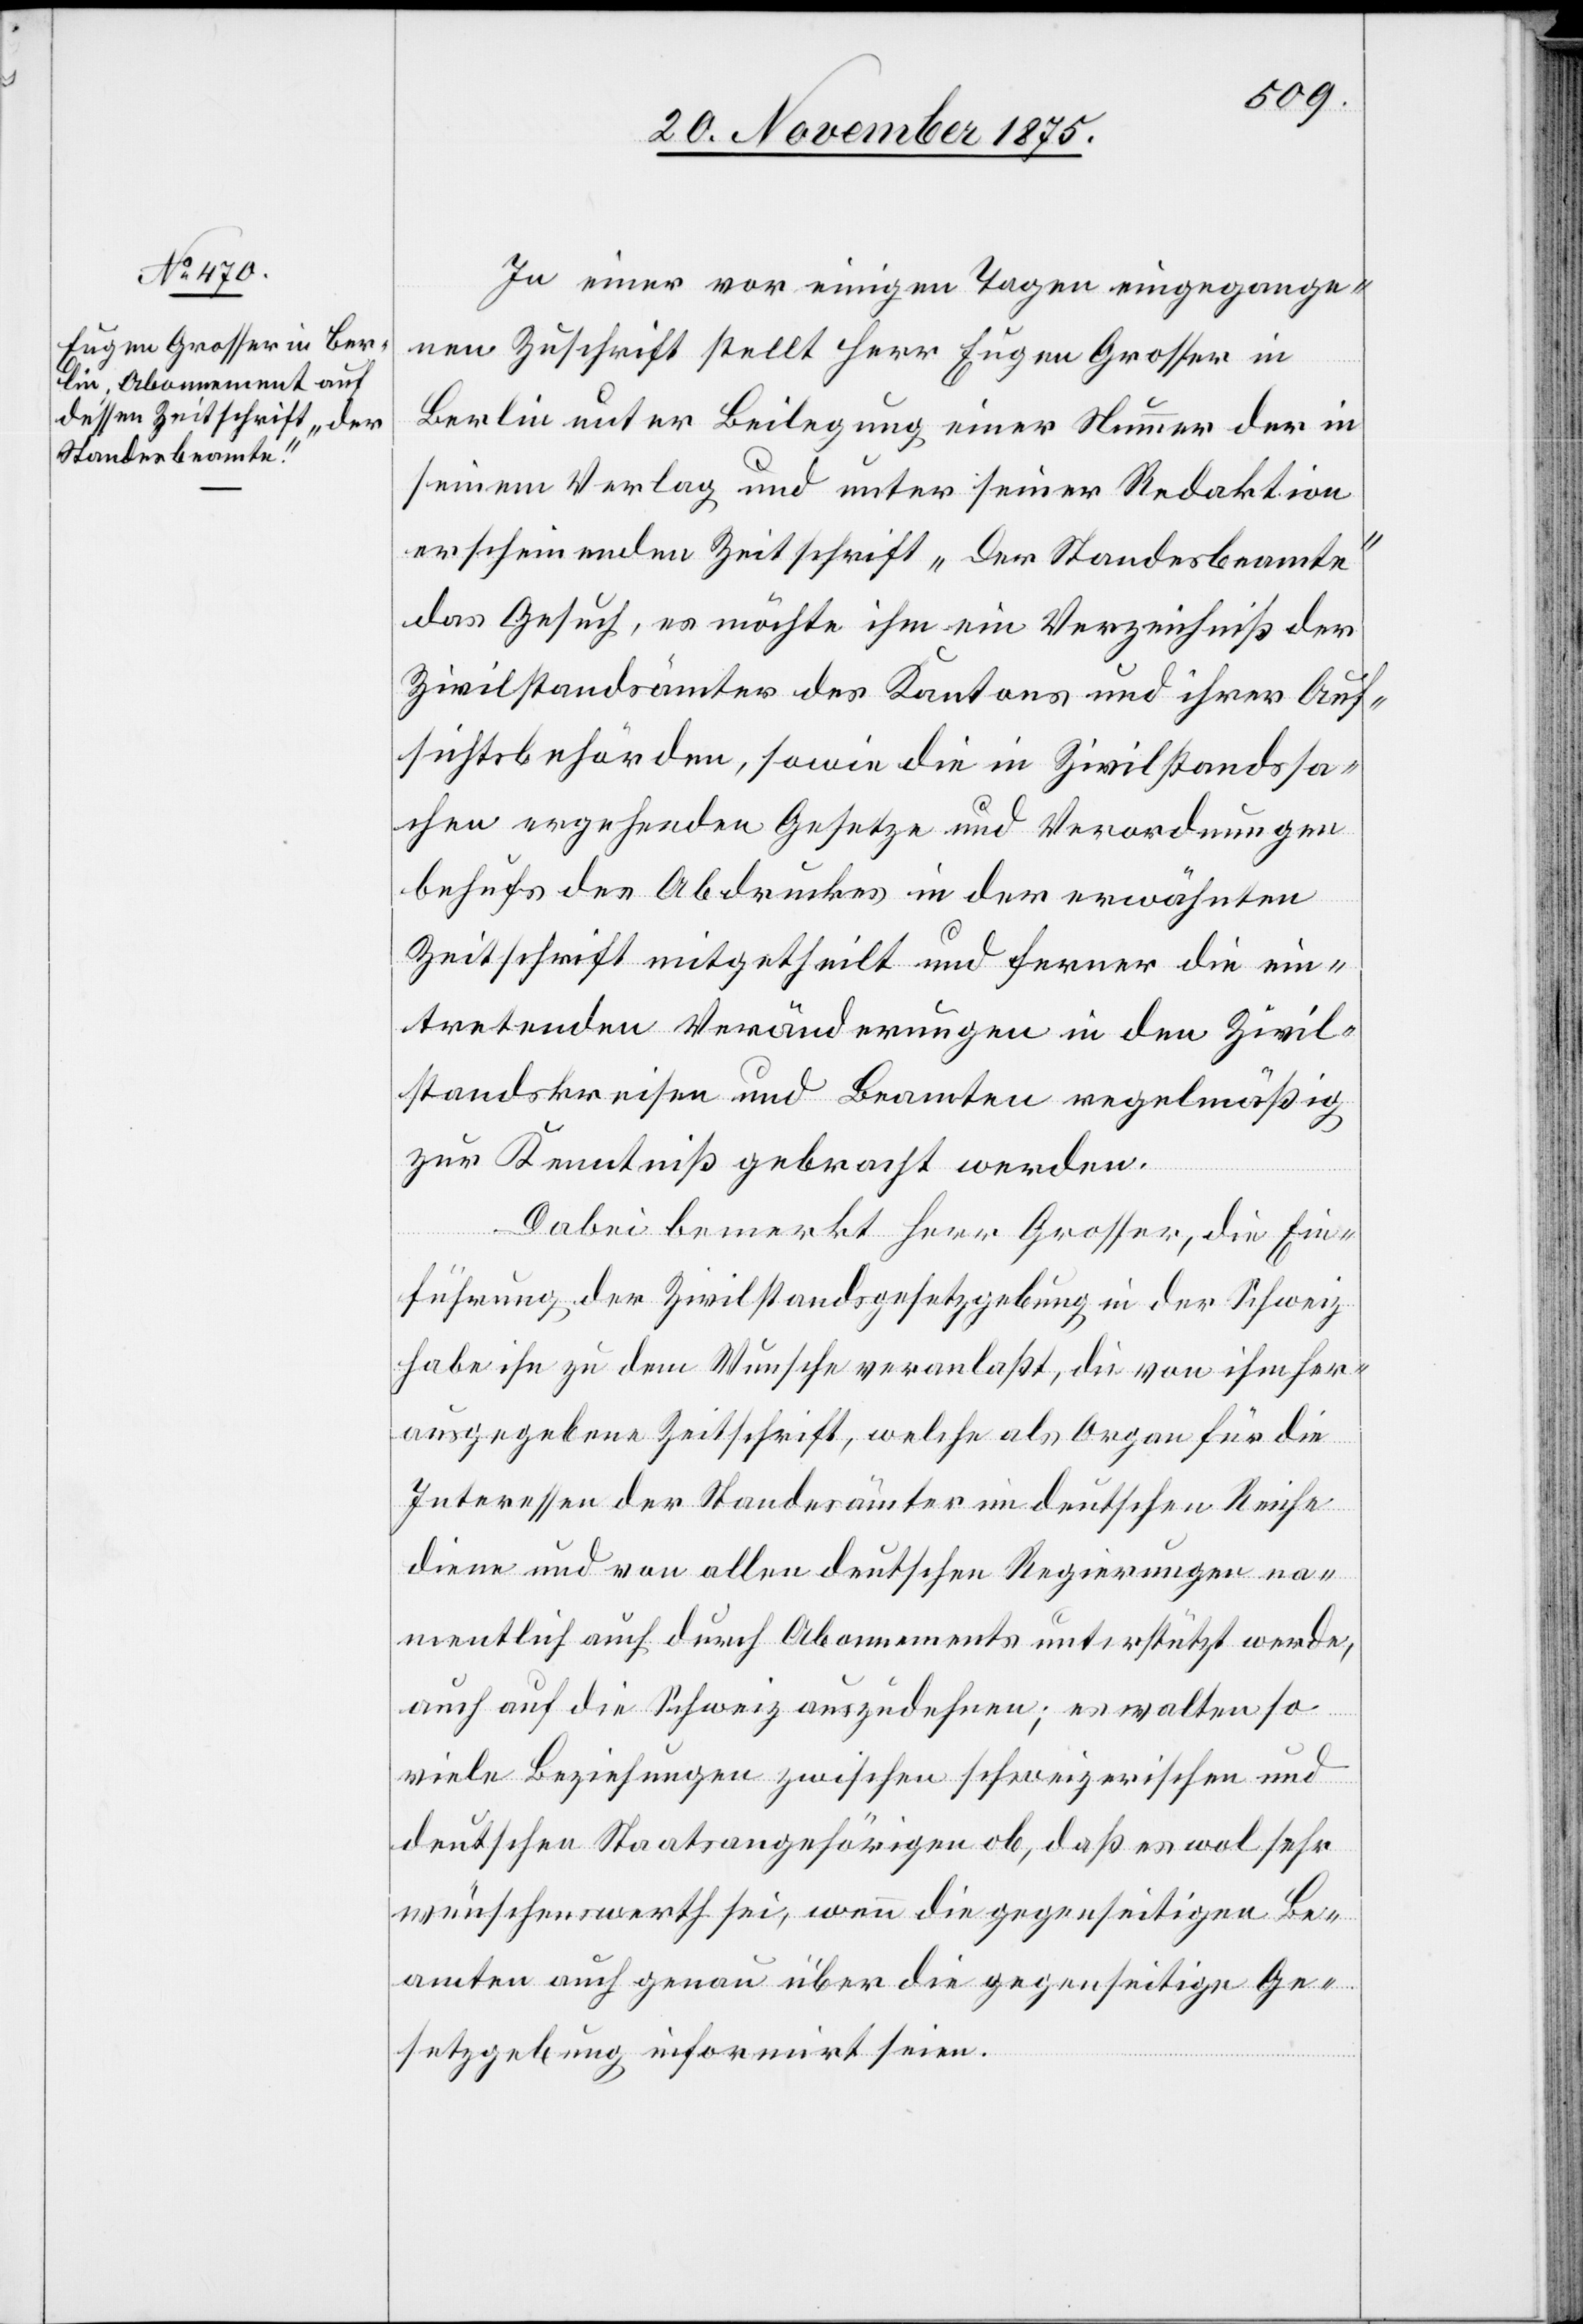
In einer vor einigen Tagen eingegange¬
nen Zuschrift stellt Herr Eugen Grosser in
Berlin unter Beilegung einer Nummer der in
seinem Verlag und unter seiner Redaktion
erscheinenden Zeitschrift „Der Standesbeamte“
das Gesuch, es möchte ihm ein Verzeichniß der
Zivilstandsämter des Kantons und ihrer Auf¬
sichtsbehörden, sowie die in Zivilstandssa¬
chen ergehenden Gesetze und Verordnungen
behufs des Abdruckes in der erwähnten
Zeitschrift mitgetheilt und ferner die ein¬
tretenden Veränderungen in den Zivil¬
standskreisen und Beamten regelmäßig
zur Kenntniß gebracht werden.
Dabei bemerkt Herr Grosser, die Ein¬
führung der Zivilstandsgesetzgebung in der Schweiz
habe ihn zu dem Wunsche veranlaßt, die von ihm her¬
ausgegebene Zeitschrift, welche als Organ für die
Interessen der Standesämter im deutschen Reiche
diene und von allen deutschen Regierungen na¬
mentlich auch durch Abonnements unterstützt werde,
auch auf die Schweiz auszudehnen; es walten so
viele Beziehungen zwischen schweizerischen und
deutschen Staatsangehörigen ob, daß es wol sehr
wünschenswerth sei, wenn die gegenseitigen Be¬
amten auch genau über die gegenseitige Ge¬
setzgebung informirt seien.